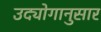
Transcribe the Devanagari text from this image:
उद्योगानुसार